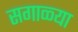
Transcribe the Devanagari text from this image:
सगाळ्या